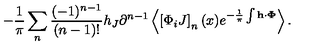
- \frac { 1 } { \pi } \sum _ { n } ^ { } \frac { ( - 1 ) ^ { n - 1 } } { ( n - 1 ) ! } h _ { J } \partial ^ { n - 1 } \left< \left[ \Phi _ { i } J \right] _ { n } ( x ) e ^ { - \frac { 1 } { \pi } \int { \bf h \cdot \Phi } } \right> .